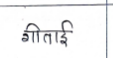
मजकूर: गिताई